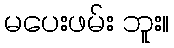
မပေးဖမ်း ဘူး။